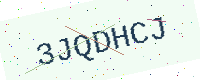
Text: 3JQDHCJ